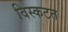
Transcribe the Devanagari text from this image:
विस्कटत